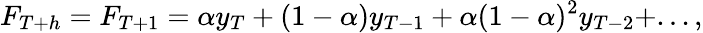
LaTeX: F_{T+h}=F_{T+1}=\alpha y_{T}+(1-\alpha)y_{T-1}+\alpha(1-\alpha)^{2}y_{T-2}+...,